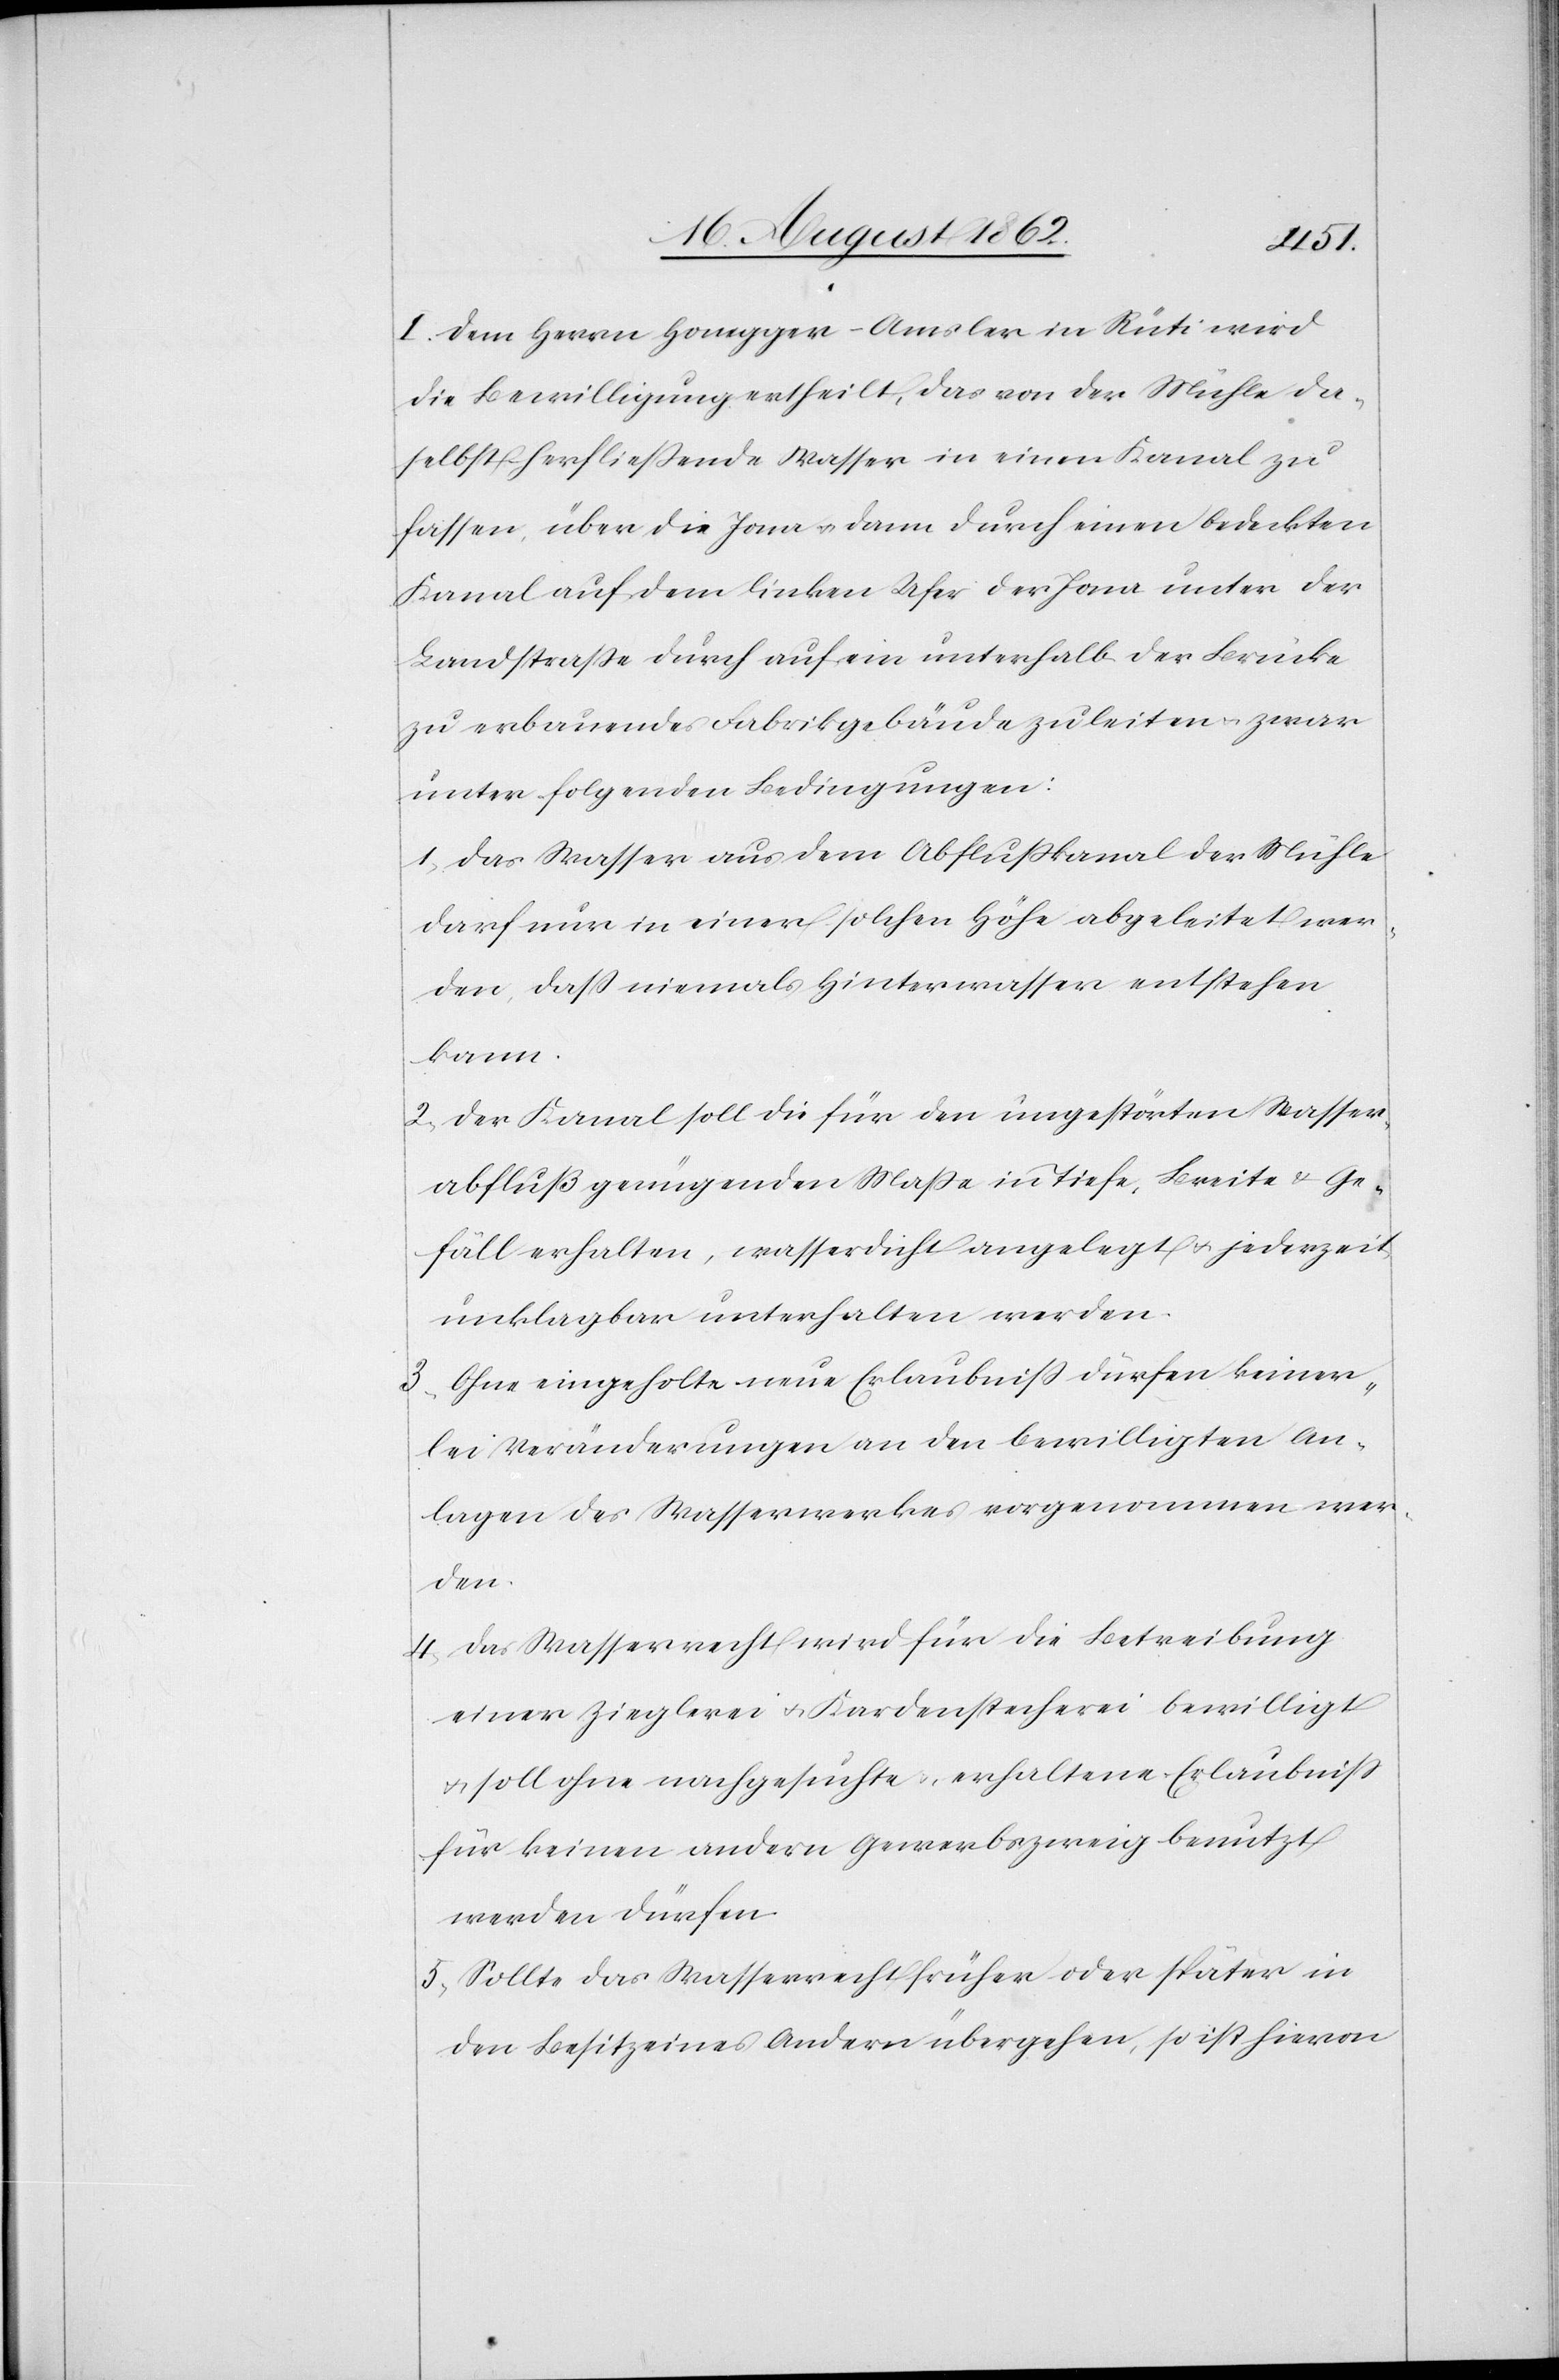
I. Dem Herrn Honegger-Amsler in Rüti wird
die Bewilligung ertheilt, das von der Mühle da¬
selbst herfließende Wasser in einen Kanal zu
fassen, über die Jona u. dann durch einen bedeckten
Kanal auf dem linken Ufer der Jona unter der
Landstraße durch auf ein unterhalb der Brücke
zu erbauendes Fabrikgebäude zu leiten u. zwar
unter folgenden Bedingungen:
1. Das Wasser aus dem Abflußkanal der Mühle
darf nur in einer solchen Höhe abgeleitet wer¬
den, daß niemals Hinterwasser entstehen
kann.
2. Der Kanal soll die für den ungestörten Wasser¬
abfluß genügenden Maße in Tiefe, Breite u. Ge¬
fäll erhalten, wasserdicht angelegt u. jederzeit
unklagbar unterhalten werden.
3. Ohne eingeholte neue Erlaubniß dürfen keiner¬
lei Veränderungen an den bewilligten An¬
lagen des Wasserwerkes vorgenommen wer¬
den.
4. Das Wasserrecht wird für die Betreibung
einer Zieglerei u. Kardenstecherei bewilligt
u. soll ohne nachgesuchte u. erhaltene Erlaubniß
für keinen andern Gewerbszweig benutzt
werden dürfen.
5. Sollte das Wasserrecht früher oder später in
den Besitz eines Andern übergehen, so ist hievon